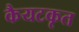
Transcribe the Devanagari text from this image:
कैयटकृत